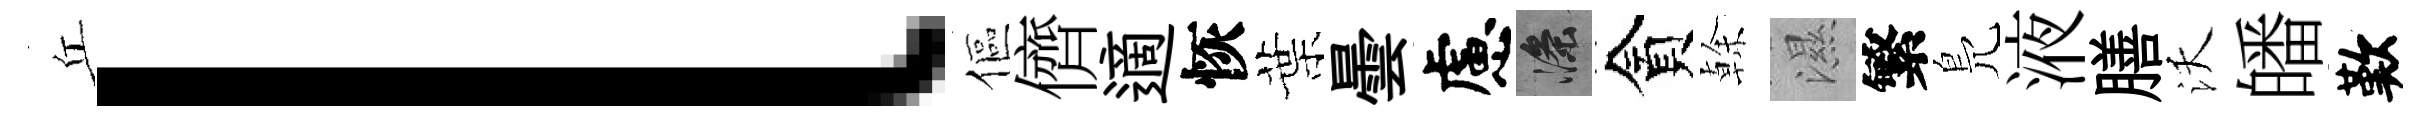
丘l傴儕適恢葉曇慮滌貪𠏉濕繁鳬液膳沃皤歎